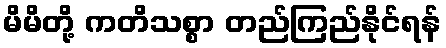
မိမိတို့ ကတိသစ္စာ တည်ကြည်နိုင်ရန်